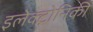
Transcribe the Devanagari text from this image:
इलेक्ट्रोनिकी